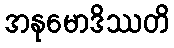
အနုမောဒိဿတိ